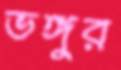
ভঙ্গুর